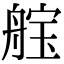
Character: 𮎓